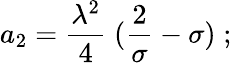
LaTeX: a_{2}={\frac{\lambda^{2}}{4}}\; ({\frac{2}{\sigma}}-\sigma)\; ;